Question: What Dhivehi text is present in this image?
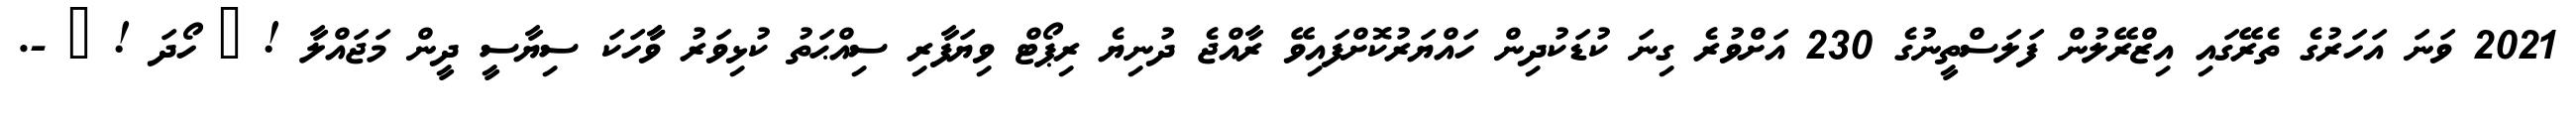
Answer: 2021 ވަނަ އަހަރުގެ ތެރޭގައި އިޒްރޭލުން ފަލަސްތީނުގެ 230 އަށްވުރެ ގިނަ ކުޑަކުދިން ހައްޔަރުކޮށްފައިވޭ ރާއްޖެ ދުނިޔެ ރިޕޯޓް ވިޔަފާރި ސިއްޙަތު ކުޅިވަރު ވާާހަކަ ސިޔާސީ ދީން މަޖައްލާ ! ? ހޯދަ ! ? -.